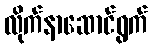
လိုက်နာဆောင်ရွက်